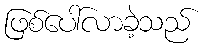
ဖြစ်ပေါ်လာခဲ့သည်